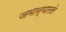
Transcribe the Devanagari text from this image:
जमान्यातले